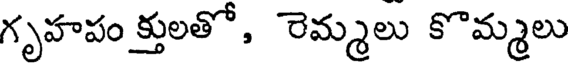
గృహపం క్తులతో, రెమ్మలు కొమ్మలు